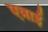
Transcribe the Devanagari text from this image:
एन्नाई